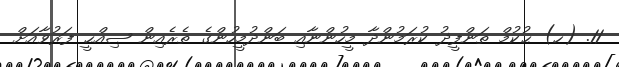
11. (ހ) ޙުކުމް ތަންފީޛު ކުރަމުންދާ މީހުންނާއި ބަންދުމީހުންގެ ތެރެއިން ޞިއްޙީ ފަރުވާއަށް